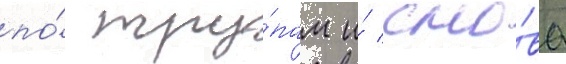
по́ тру́пам и́ сно́ва